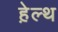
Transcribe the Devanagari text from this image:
हे़ल्थ